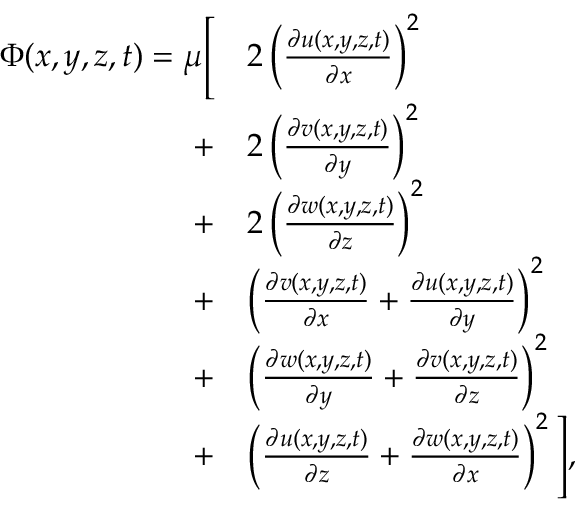
\begin{array} { r l } { \Phi ( x , y , z , t ) = \mu \Bigg [ } & { 2 \left( \frac { \partial u ( x , y , z , t ) } { \partial x } \right) ^ { 2 } } \\ { + } & { 2 \left( \frac { \partial v ( x , y , z , t ) } { \partial y } \right) ^ { 2 } } \\ { + } & { 2 \left( \frac { \partial w ( x , y , z , t ) } { \partial z } \right) ^ { 2 } } \\ { + } & { \left( \frac { \partial v ( x , y , z , t ) } { \partial x } + \frac { \partial u ( x , y , z , t ) } { \partial y } \right) ^ { 2 } } \\ { + } & { \left( \frac { \partial w ( x , y , z , t ) } { \partial y } + \frac { \partial v ( x , y , z , t ) } { \partial z } \right) ^ { 2 } } \\ { + } & { \left( \frac { \partial u ( x , y , z , t ) } { \partial z } + \frac { \partial w ( x , y , z , t ) } { \partial x } \right) ^ { 2 } \Bigg ] \mathrm { , } } \end{array}